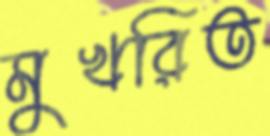
মুখরিত